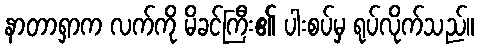
နာတာရှာက လက်ကို မိခင်ကြီး၏ ပါးစပ်မှ ရုပ်လိုက်သည်။